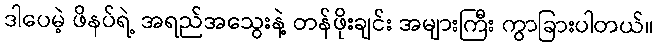
ဒါပေမဲ့ ဖိနပ်ရဲ့ အရည်အသွေးနဲ့ တန်ဖိုးချင်း အများကြီး ကွာခြားပါတယ်။